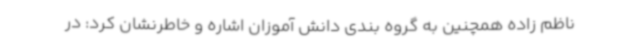
ناظم زاده همچنین به گروه بندی دانش آموزان اشاره و خاطرنشان کرد: در